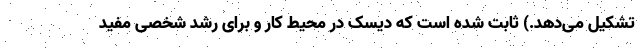
تشکیل می‌دهد.) ثابت شده است که دیسک در محیط کار و برای رشد شخصی مفید